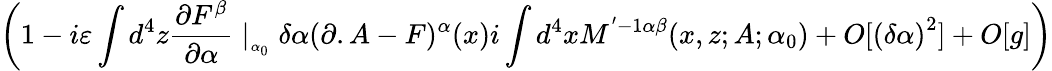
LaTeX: \left(1-i\varepsilon\int d^{4}z\frac{\partial F^{\beta}}{\partial\alpha}\mid_{_{\alpha_{0}}}\delta\alpha(\partial.A-F)^{\alpha}(x)i\int d^{4}xM^{'-1\alpha\beta}(x,z;A;\alpha_{0})+O[\left(\delta\alpha\right)^{2}]+O[g]\right)